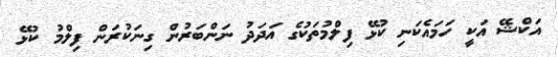
އަކްޝޭ އަކީ ހަމައެކަނި ކުޅޭ ފިލްމުތަކުގެ އަދަދު ނަންބަރުން ގިނަކުރަން ފިލްމު ކުޅޭ